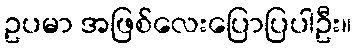
ဥပမာ အဖြစ်လေးပြောပြပါဦး။